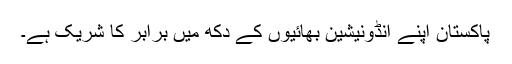
پاکستان اپنے انڈونیشین بھائیوں کے دکھ میں برابر کا شریک ہے۔